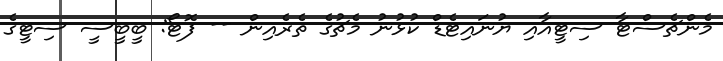
މެންޗެސްޓާ ސިޓީއާއި ޔުނައިޓެޑް ކުޅުނު މެޗުގެ ތެރެއިން -- ފޮޓޯ: ބީބީސީ ސިޓީގެ